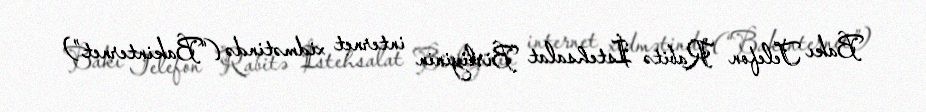
Bakı Telefon Rabitə İstehsalat Birliyinin internet xidmətində (“Bakinternet”)